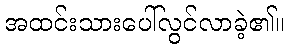
အထင်းသားပေါ်လွင်လာခဲ့၏။